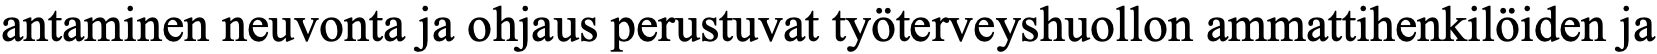
antaminen neuvonta ja ohjaus perustuvat työterveyshuollon ammattihenkilöiden ja